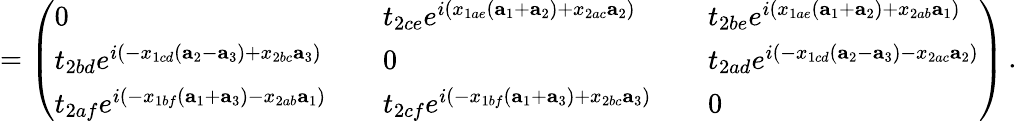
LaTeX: =\left(\begin{array}{lllll}{0}&&{t_{2ce}e^{i(x_{1ae}({\mathbf a}_{1}+{\mathbf a}_{2})+x_{2ac}{\mathbf a}_{2})}}&&{t_{2be}e^{i(x_{1ae}({\mathbf a}_{1}+{\mathbf a}_{2})+x_{2ab}{\mathbf a}_{1})}}\\ {t_{2bd}e^{i(-x_{1cd}({\mathbf a}_{2}-{\mathbf a}_{3})+x_{2bc}{\mathbf a}_{3})}}&&{0}&&{t_{2ad}e^{i(-x_{1cd}({\mathbf a}_{2}-{\mathbf a}_{3})-x_{2ac}{\mathbf a}_{2})}}\\ {t_{2af}e^{i(-x_{1bf}({\mathbf a}_{1}+{\mathbf a}_{3})-x_{2ab}{\mathbf a}_{1})}}&&{t_{2cf}e^{i(-x_{1bf}({\mathbf a}_{1}+{\mathbf a}_{3})+x_{2bc}{\mathbf a}_{3})}}&&{0}\end{array}\right)\, .